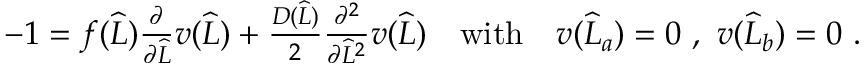
\begin{array} { r } { - 1 = f ( \widehat { L } ) \frac { \partial } { \partial \widehat { L } } v ( \widehat { L } ) + \frac { D ( \widehat { L } ) } { 2 } \frac { \partial ^ { 2 } } { \partial \widehat { L } ^ { 2 } } v ( \widehat { L } ) \quad \mathrm { w i t h } \quad v ( \widehat { L } _ { a } ) = 0 \ , \ v ( \widehat { L } _ { b } ) = 0 \ . } \end{array}